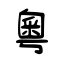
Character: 粵